Scottish Certificate of Education, 1962
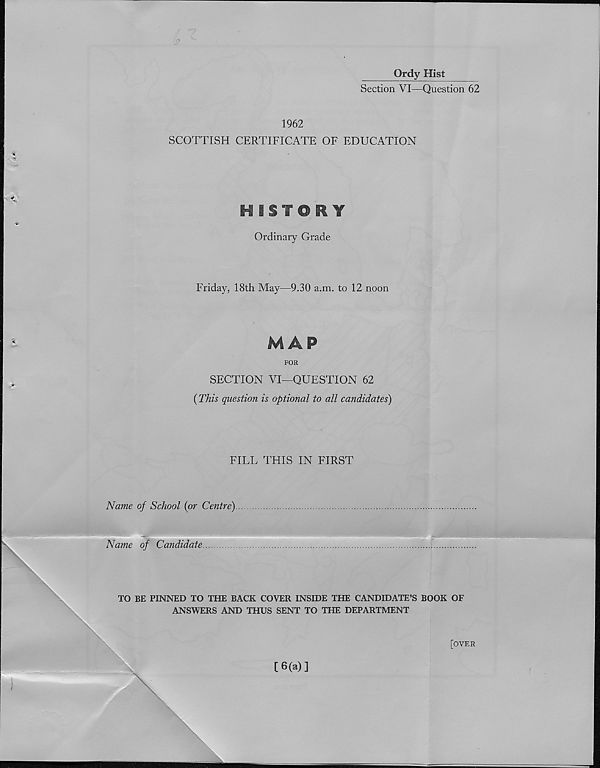
Grdy Hist
Section VI—Question 62
1962
SCOTTISH CERTIFICATE OF EDUCATION
Ordinary Grade
Friday, 18th May—9.30 a.m. to 12 noon
MAP
FOR
SECTION VI—QUESTION 62
(This question is optional to all candidates)
FILL THIS IN FIRST
Name of School {or Centre).
Name of Candidate.
TO BE PINNED TO THE BACK COVER INSIDE THE CANDIDATE’S BOOK OF
ANSWERS AND THUS SENT TO THE DEPARTMENT
[OVER
[6(a)]